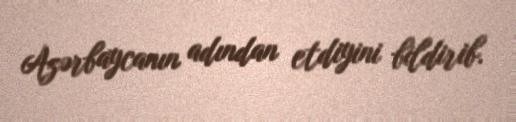
Azərbaycanın adından etdiyini bildirib.